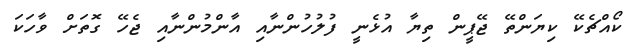
ކޯއްޗެކޭ ކިޔަންތޭ ޖޭޕީން ތިޔާ އުޅެނީ ފުލުހުންނާއި އާންމުންނާއި ޖެހޭ ގޮތަށް ވާހަކަ